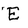
Character: E